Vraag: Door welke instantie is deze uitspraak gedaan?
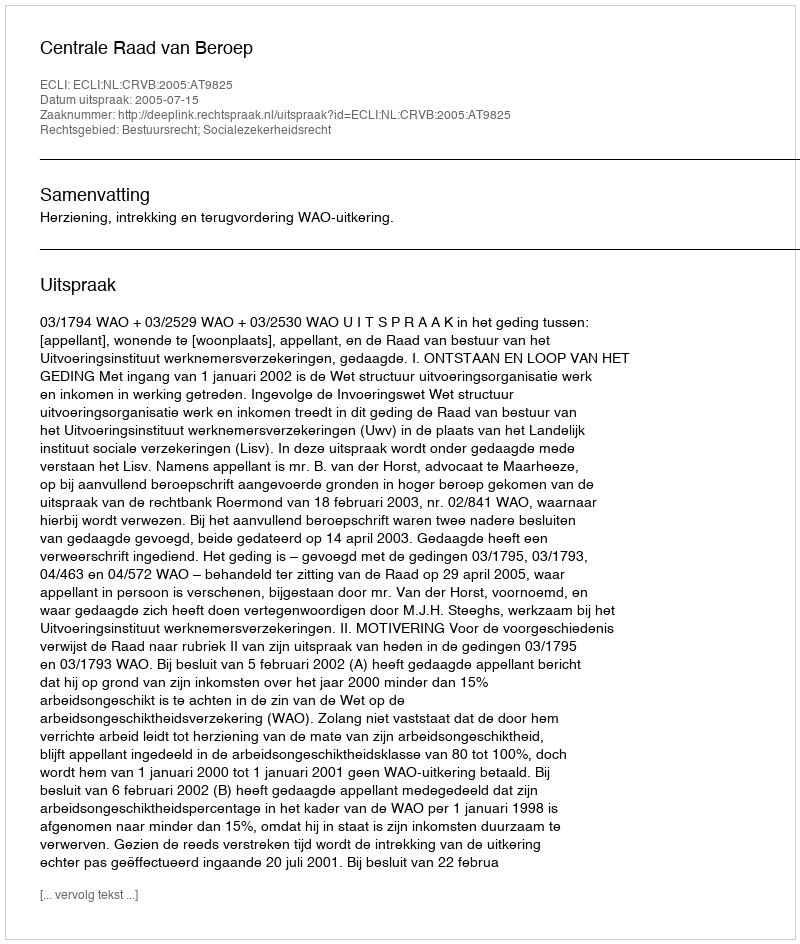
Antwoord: Centrale Raad van Beroep